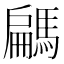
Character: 騗